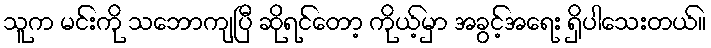
သူက မင်းကို သဘောကျပြီ ဆိုရင်တော့ ကိုယ့်မှာ အခွင့်အရေး ရှိပါသေးတယ်။